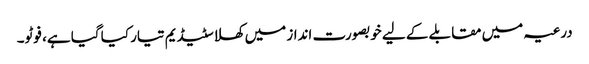
درعیہ میں مقابلے کے لیے خوبصورت انداز میں کھلا سٹیڈیم تیار کیا گیا ہے، فوٹو۔